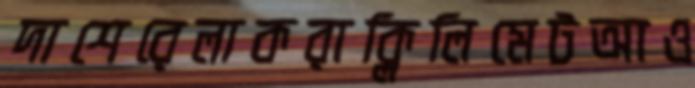
দাশেরেলাকরাক্লিলিমেটআও